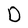
Character: D